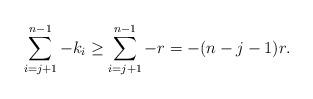
LaTeX: \begin{align*}\sum\limits_{i =j+1}^{n-1}-k_i \geq \sum\limits_{i =j +1}^{n-1} -r = -(n-j-1)r.\end{align*}